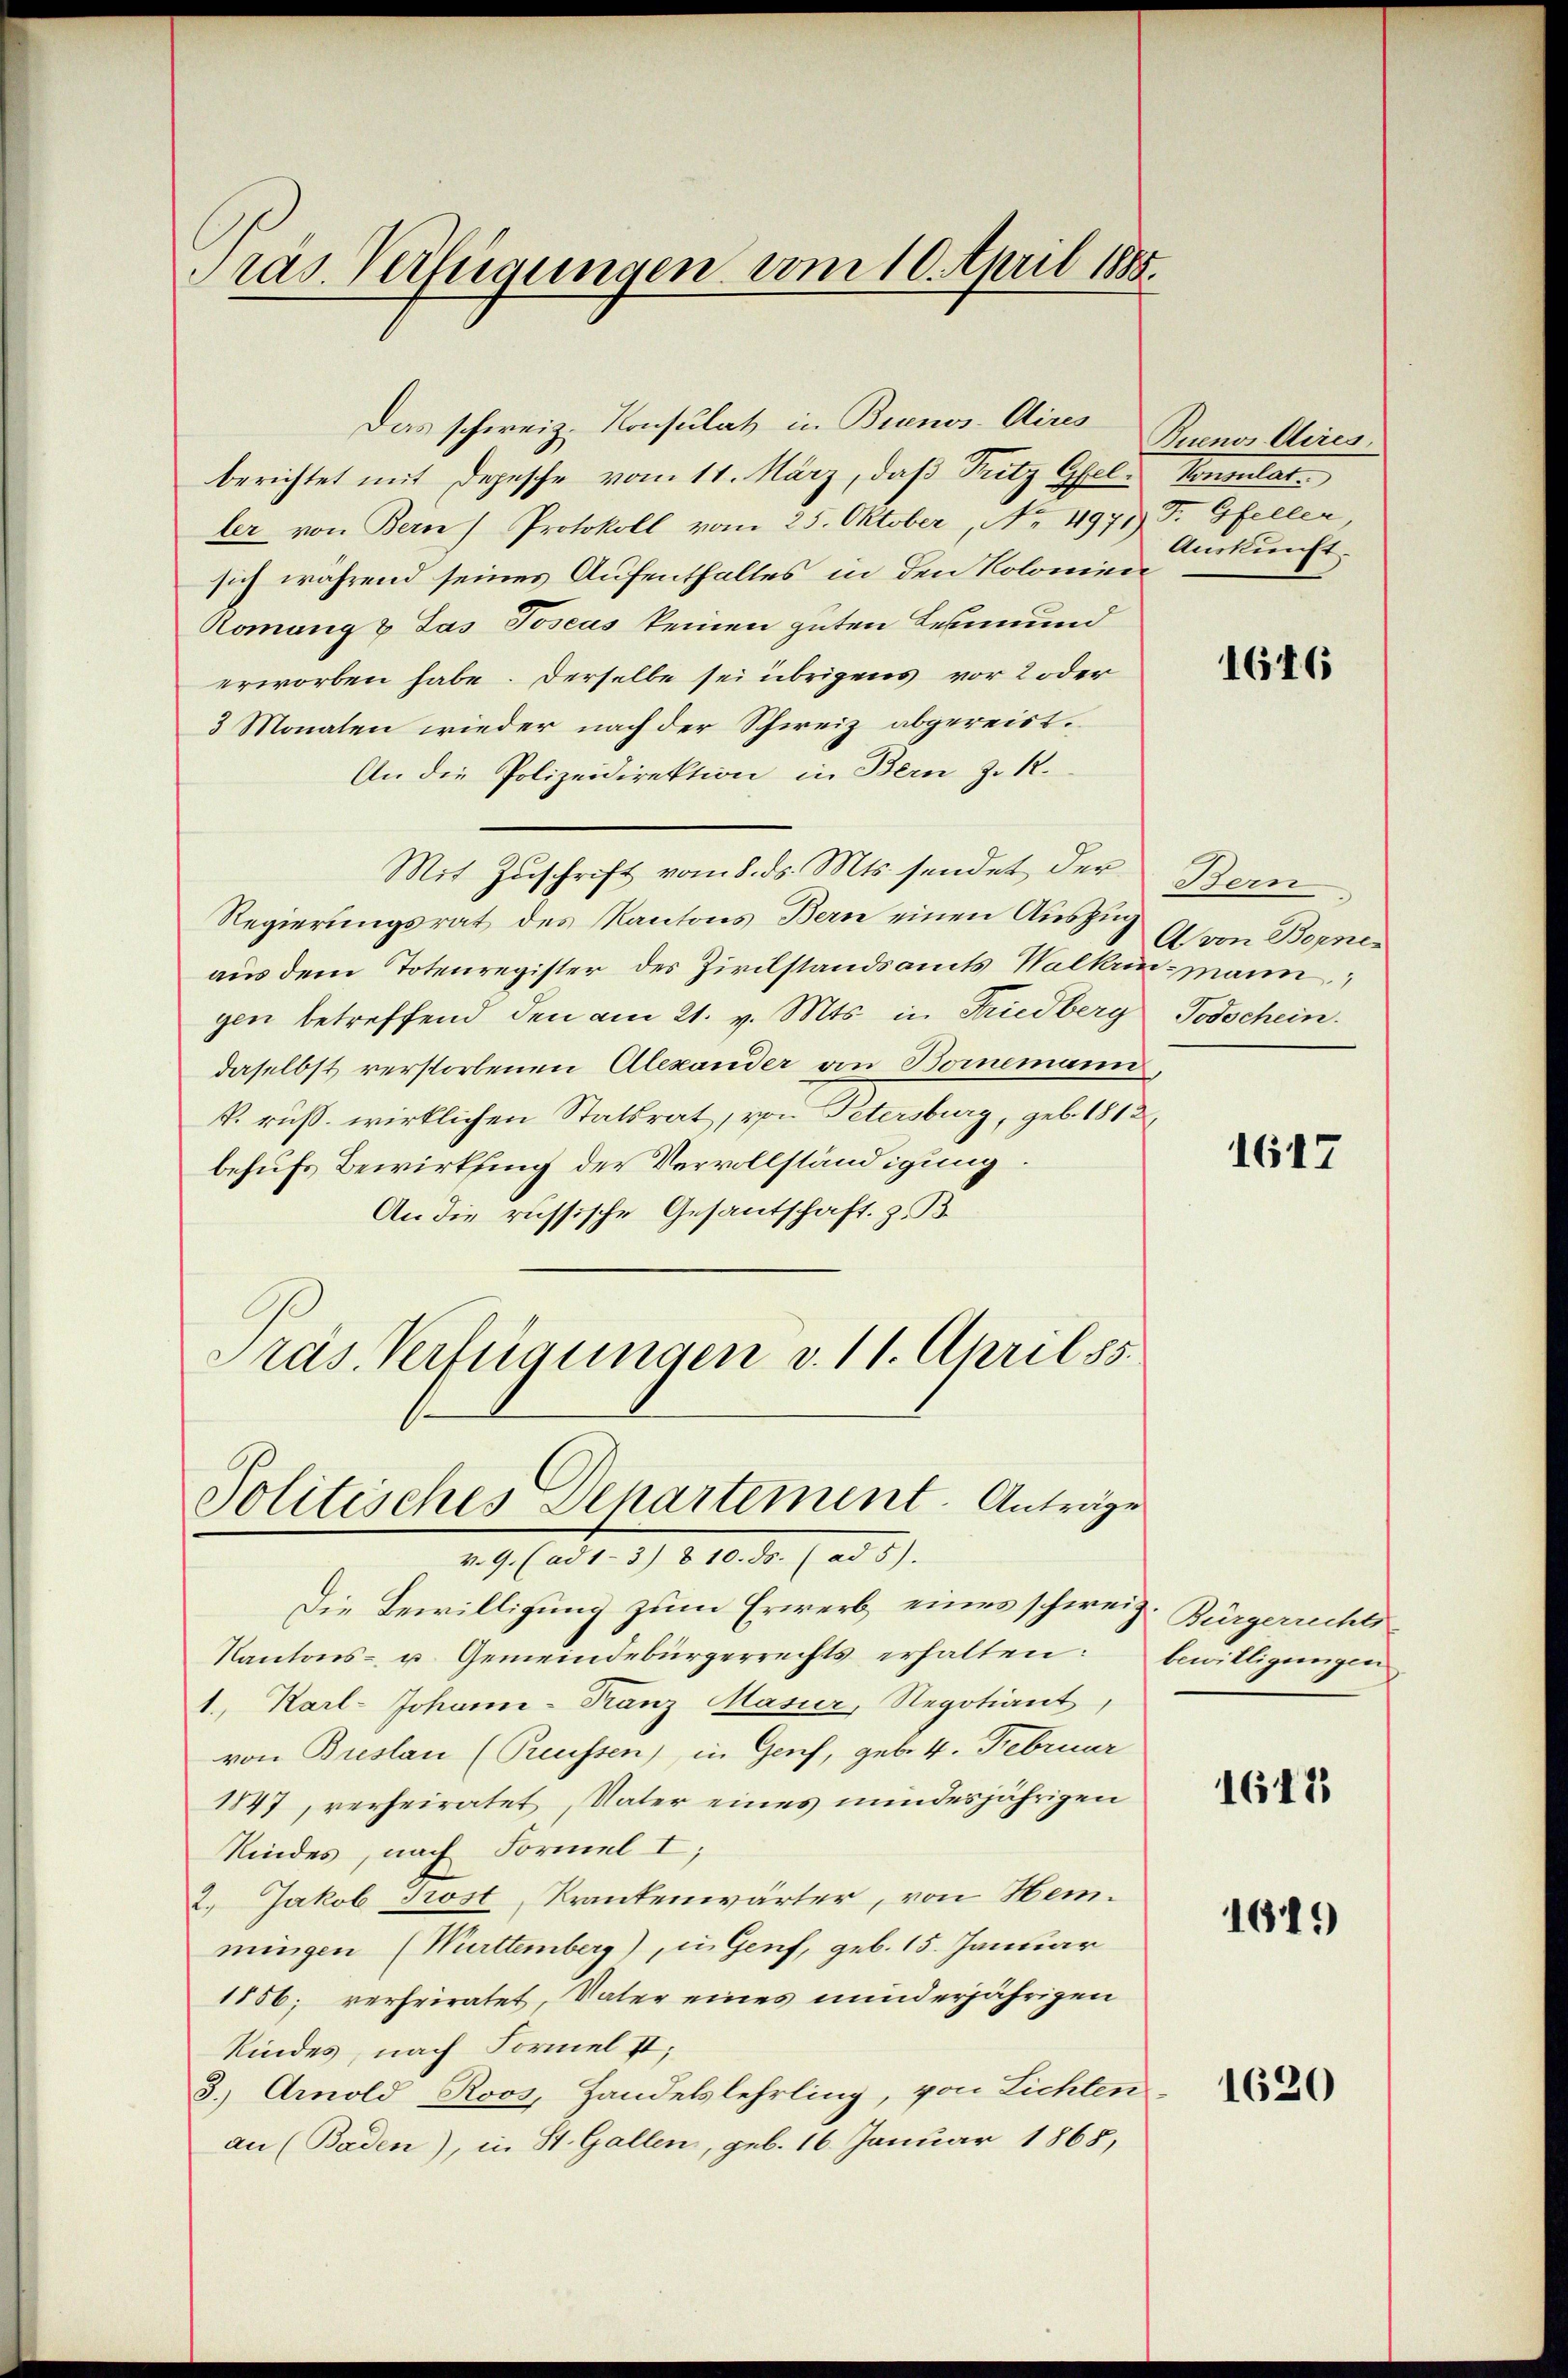
Pras. Verfügungen vom 10. April 1885.

berichtet mit Depesche vom 11. März, daß Tritz Gfel. Konsulatler von Bern Protokoll vom 25. Oktober, No 4971 T. Gfeller,
sich während seines Aufenthaltes in den Kolonien
Romang & Jas Joseas keinen guten Leumund
erworben habe. Derselbe sei übrigens vor 2 oder
3 Monaten wieder nach der Schweiz abgereist¬
An die Polizeidirektion, in Bern z. R.
Mit Zuschrift vom 8. ds. Mts. sendet der Bern
Regierungsrat des Kantons Bern einen Auszug
aus dem Totenregister des Zivilstandsamts Walkrin, mann
gen betreffend den am 21. v. Mts. in Friedberg Todschein.
daselbst verstorbenen Alexander von Bornemann
k. ruß. wirklichen Statsrat, von Petersburg, geb. 1812
behufs Bewirkung der Vervollständigung.
An die russische Gesantschaft z. B.
Präs. Verfügungen v. 11. April 85.

Das schweiz. Konsulat in Buenos Aires

Politisches Separtement. Anträge
v. 9. (ad 1-3) § 10. ds. (ad 5).

Zuenos Aires.
Auskunft.

Die Bewilligung zum Erwerb eines schweiz. Bürgerrechts¬
Kantons- u. Gemeindebürgerrechts erhalten:
1., Karl-Johann-Franz Masier, Regotiant,
von Breslau (Reussen), in Genf, geb. 4. Februar
1847, verheiratet, Vater eines minderjährigen
Kindes, nach Formel I;
2.) Jakob Trost, Krankenwärter, von Hemmingen (Württemberg), u. Genf, geb. 15. Januar
1856; verheiratet, Vater eines minderjährigen
Kindes, nach Formel st;
3.) Arnold Roos, Handelslehrling, von Lichten
an (Baden), in St. Gallen, geb. 16. Januar 1868,

1616

A von Borne

1617

bewilligungen

1612

1619

1620